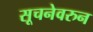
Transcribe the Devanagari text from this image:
सूचनेवरुन